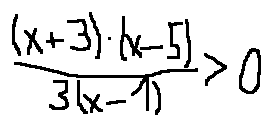
\frac { ( x + 3 ) ( x - 5 ) } { 3 ( x - 1 ) } > 0